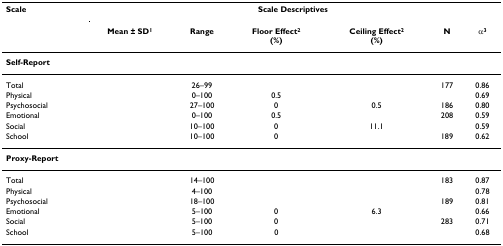
<table><thead><tr><td><b>Scale</b></td><td colspan="6"><b>Scale Descriptives</b></td></tr><tr><td>[EMPTY_CELL]</td><td><b>Mean ± SD<sup>1</sup></b></td><td><b>Range</b></td><td><b>Floor Effect<sup>2</sup>(%)</b></td><td><b>Ceiling Effect<sup>2 </sup>(%)</b></td><td><b>N</b></td><td><b>α<sup>3</sup></b></td></tr></thead><tbody><tr><td colspan="7"><b>Self-Report</b></td></tr><tr><td>Total</td><td>[EMPTY_CELL]</td><td>26–99</td><td>[EMPTY_CELL]</td><td>[EMPTY_CELL]</td><td>177</td><td>0.86</td></tr><tr><td>Physical</td><td>[EMPTY_CELL]</td><td>0–100</td><td>0.5</td><td>[EMPTY_CELL]</td><td>[EMPTY_CELL]</td><td>0.69</td></tr><tr><td>Psychosocial</td><td>[EMPTY_CELL]</td><td>27–100</td><td>0</td><td>0.5</td><td>186</td><td>0.80</td></tr><tr><td>Emotional</td><td>[EMPTY_CELL]</td><td>0–100</td><td>0.5</td><td>[EMPTY_CELL]</td><td>208</td><td>0.59</td></tr><tr><td>Social</td><td>[EMPTY_CELL]</td><td>10–100</td><td>0</td><td>11.1</td><td>[EMPTY_CELL]</td><td>0.59</td></tr><tr><td>School</td><td>[EMPTY_CELL]</td><td>10–100</td><td>0</td><td>[EMPTY_CELL]</td><td>189</td><td>0.62</td></tr><tr><td colspan="7"><b>Proxy-Report</b></td></tr><tr><td>Total</td><td>[EMPTY_CELL]</td><td>14–100</td><td>[EMPTY_CELL]</td><td>[EMPTY_CELL]</td><td>183</td><td>0.87</td></tr><tr><td>Physical</td><td>[EMPTY_CELL]</td><td>4–100</td><td>[EMPTY_CELL]</td><td>[EMPTY_CELL]</td><td>[EMPTY_CELL]</td><td>0.78</td></tr><tr><td>Psychosocial</td><td>[EMPTY_CELL]</td><td>18–100</td><td>[EMPTY_CELL]</td><td>[EMPTY_CELL]</td><td>189</td><td>0.81</td></tr><tr><td>Emotional</td><td>[EMPTY_CELL]</td><td>5–100</td><td>0</td><td>6.3</td><td>[EMPTY_CELL]</td><td>0.66</td></tr><tr><td>Social</td><td>[EMPTY_CELL]</td><td>5–100</td><td>0</td><td>[EMPTY_CELL]</td><td>283</td><td>0.71</td></tr><tr><td>School</td><td>[EMPTY_CELL]</td><td>5–100</td><td>0</td><td>[EMPTY_CELL]</td><td>[EMPTY_CELL]</td><td>0.68</td></tr></tbody></table>